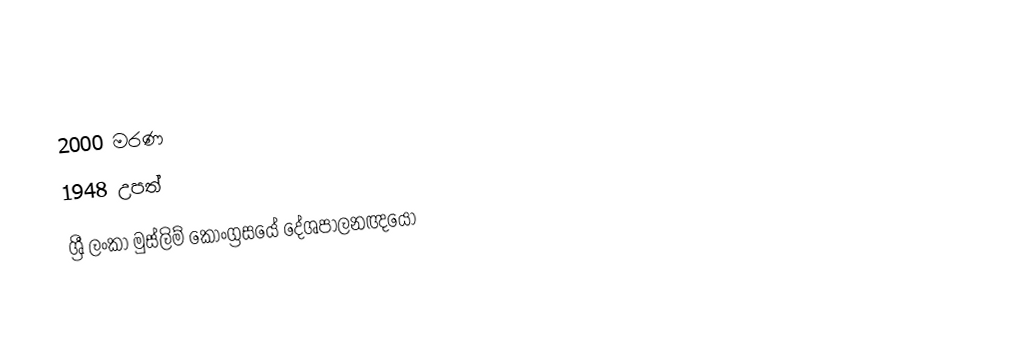
2000 මරණ
1948 උපත්
ශ්‍රී ලංකා මුස්ලිම් කොංග්‍රසයේ දේශපාලනඥයෝ